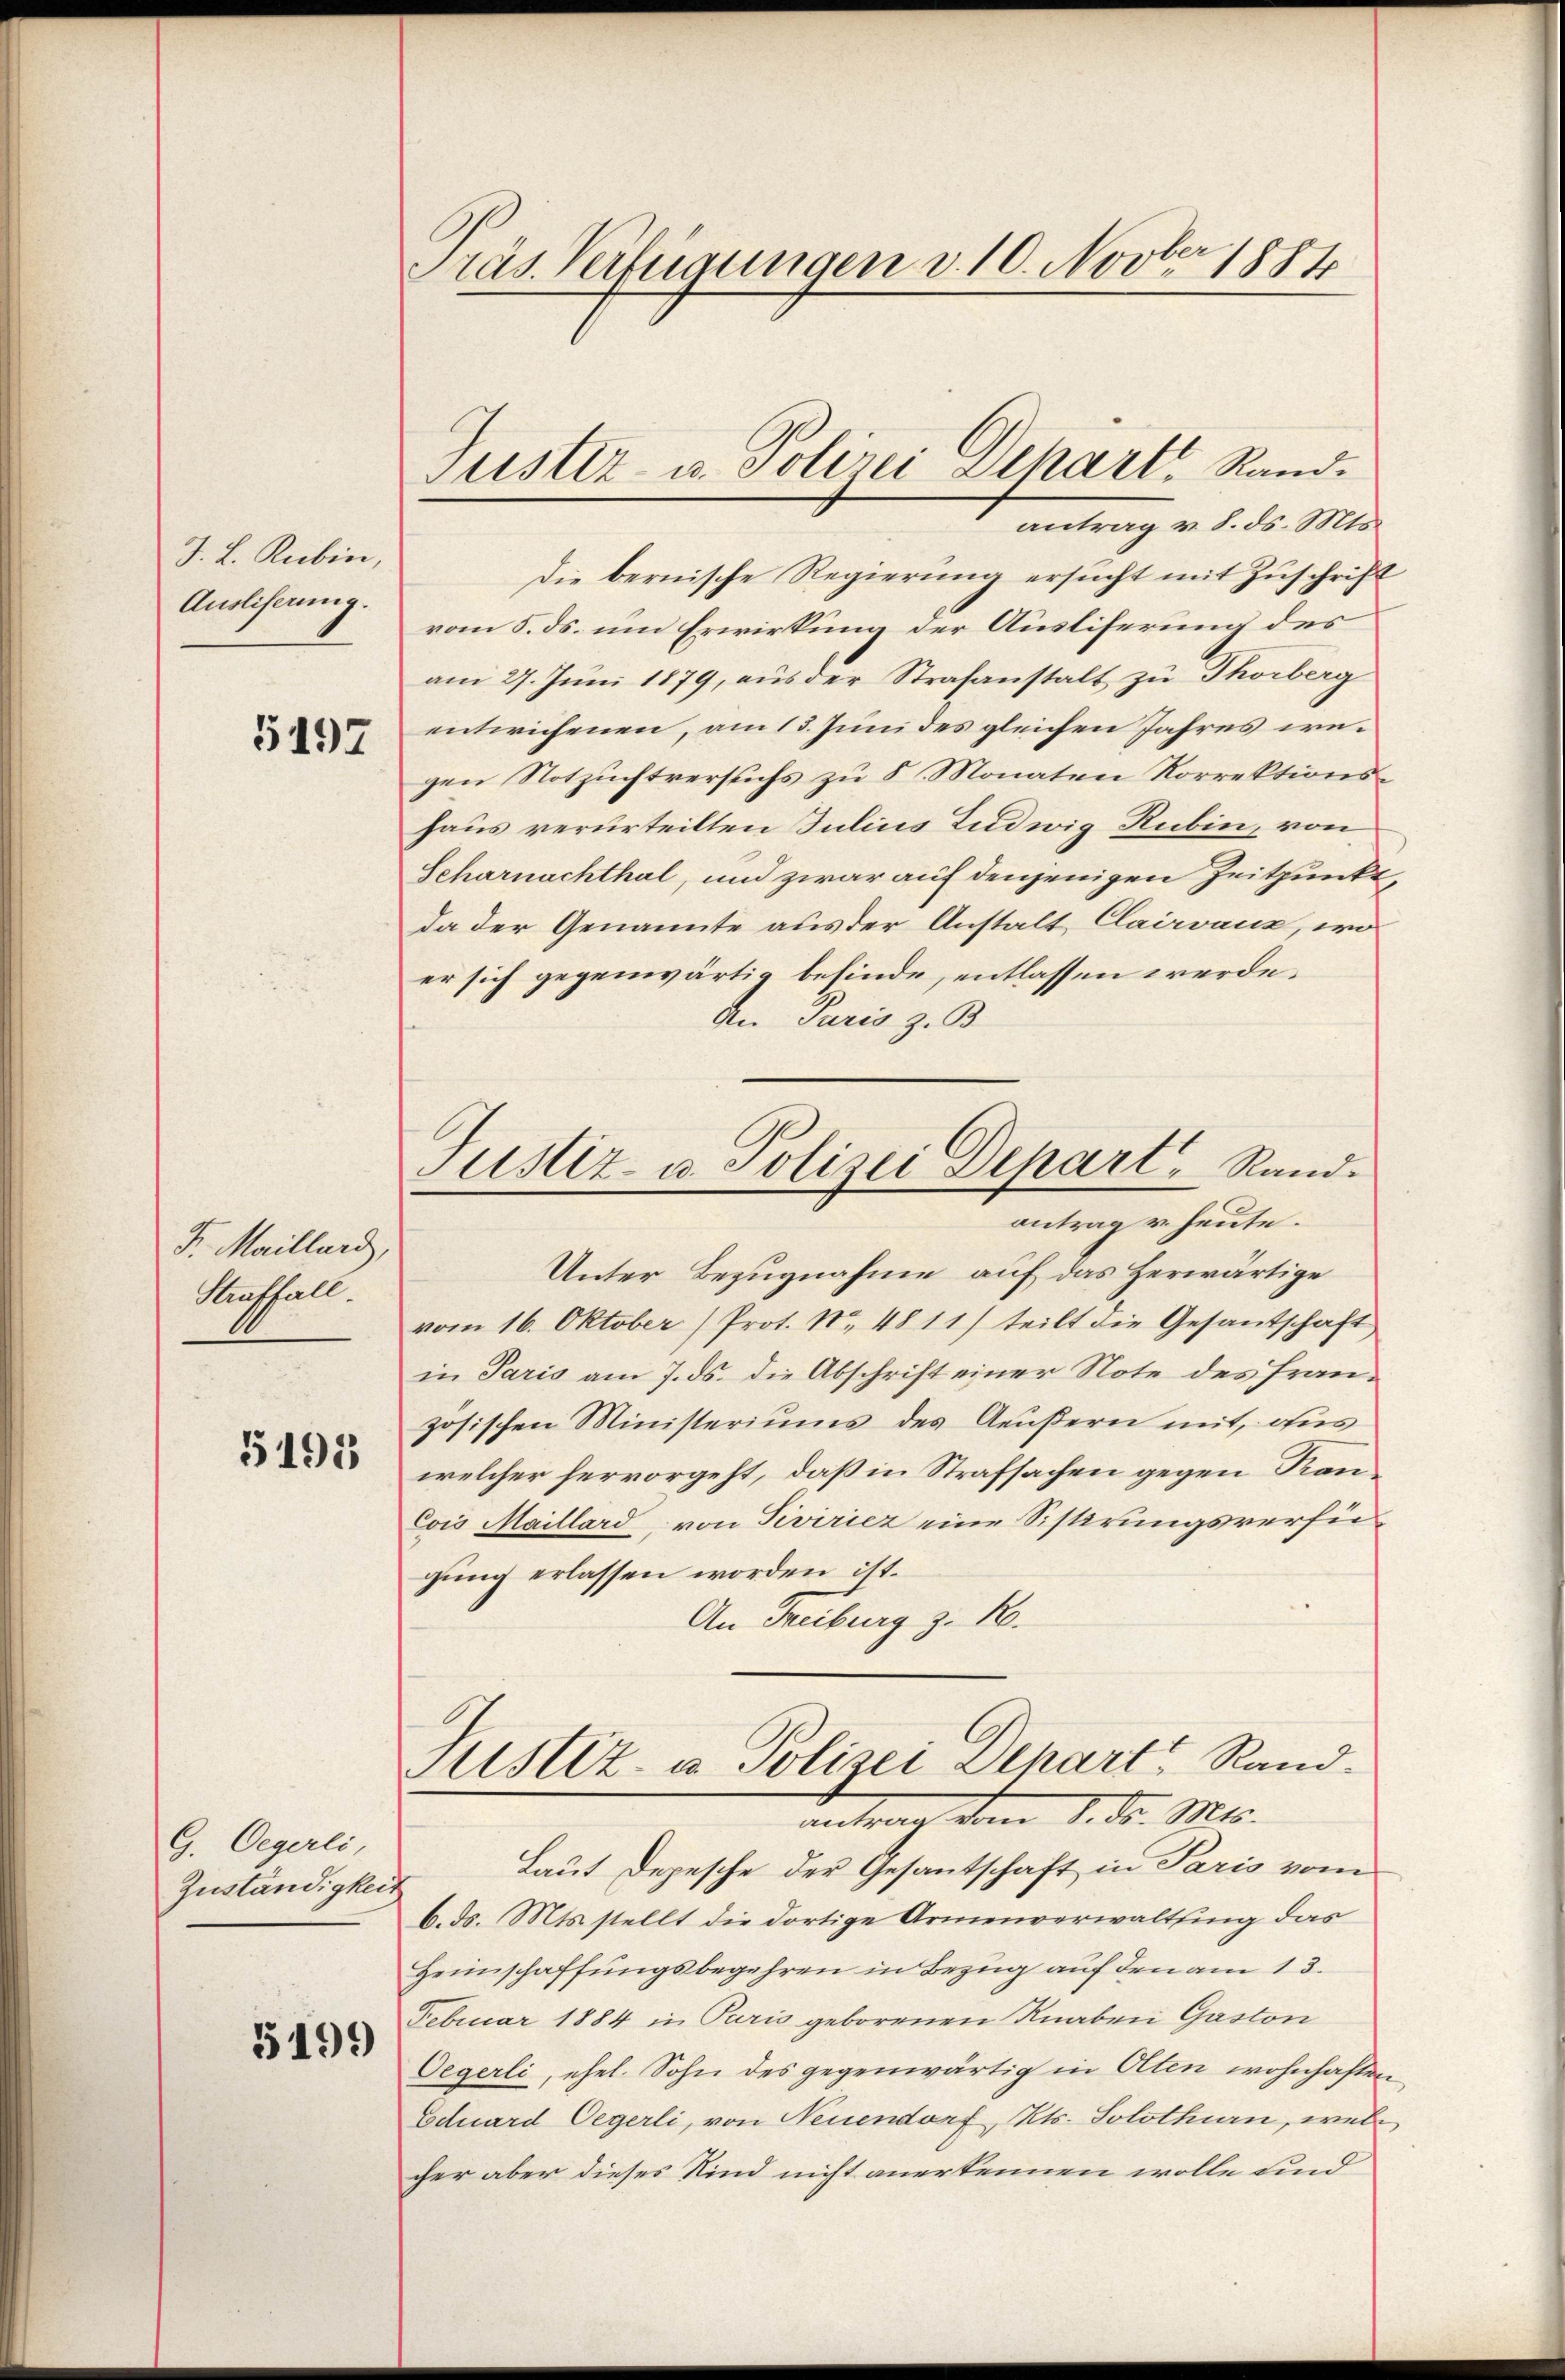
J. L. Rubin,
Ausliserung.

5197

Fr. Maillard,
Straffall

5195

G. Oegerli,
Zuständigkei

5199

Präs. Verfügungen v. 10. Novber 1884

antrag v. 8. ds. Mts.
Die bernische Regierung ersucht mit Zuschrift
vom 5. ds. um Erwirkung der Ausliferung des
am 27. Juni 1879, aus der Strafanstalt zu Thorberg
entwichenen, am 15. Juni des gleichen Jahres wegen Notzuchtversuchs zu 8 Monaten Korrektionshaus verurteilten Julius Ludwig Rubin, von
Scharnachthal, und zwar auf denjenigen Zeitpunkt,
da der Genannte aus der Anstalt Clairvanz, wo
er sich gegenwärtig befinde, entlassen werde.
An Paris z. B.
Unter Bezugnahme auf das Herwärtige
vom 16. Oktober (Prot. Nr. 48 11) teilt die Gesantschaft
in Paris am 7. ds. die Abschrift einer Note des französischen Ministeriums des Aeußern mit, aus
welcher hervorgeht, daß in Strafsachen gegen Kan¬
Cois Maillard, von Sivirier eine Sistirungsverfügung erlassen worden ist.
An Freiburg z. B.
Justiz- u. Polizei Depart Randantrag vom 1. ds. Mts.
Laut Depesche der Gesantschaft in Paris vom
6. ds. Mts. stellt die dortige Armenverwaltung das
Heimschaffungsbegehren in Bezug auf den am 13.
Februar 1884 in Paris geborenen Knaben Gaston
Oegerli, ehel. Sohn des gegenwärtig in Olten wohnhaften,
Eduard Oegerli, von Neuendorf, Kts. Solothurn, wel
cher aber dieses Kind nicht anerkennen wolle und

Justiz- u. Polizei Dekärt, Rand¬

ustiz- u. Polizei Depart, Rand.
antrag u. heute.